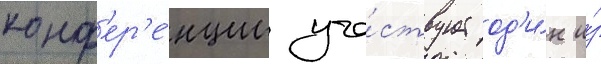
конф'ер'е́нции уча́ствует од'и́н и́з